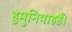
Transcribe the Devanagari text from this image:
हुमुनियाहहैं।